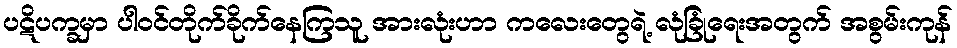
ပဋိပက္ခမှာ ပါဝင်တိုက်ခိုက်နေကြသူ အားလုံးဟာ ကလေးတွေရဲ့ လုံခြုံရေးအတွက် အစွမ်းကုန်